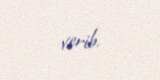
verib.